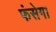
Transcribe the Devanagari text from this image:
फंसेगा